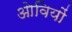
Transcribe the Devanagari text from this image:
ओवियों